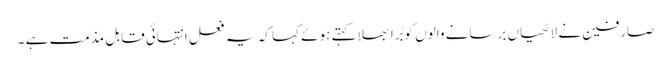
صارفین نے لاٹھیاں برسانے والوں کو بُرا بھلا کہتے ہوئے کہا کہ یہ فعل انتہائی قابل مذمت ہے ۔